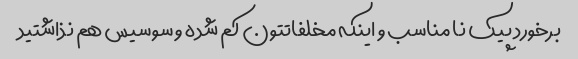
برخورد پیک نا مناسب و اینکه مخلفاتتون کم شده و سوسیس هم نذاشتید